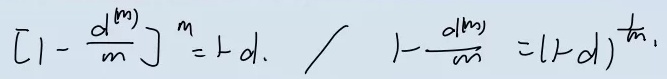
\[
\left(1 - \frac{d^{(m)}}{m}\right)^m = 1 - d.
\]
\[
1 - \frac{d^{(m)}}{m} = (1 - d)^{\frac{1}{m}}.
\]